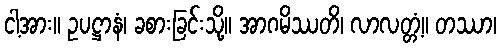
ငါ့အား။ ဥပဋ္ဌာနံ၊ ခစားခြင်းသို့။ အာဂမိဿတိ၊ လာလတ္တံ့။ တဿာ၊